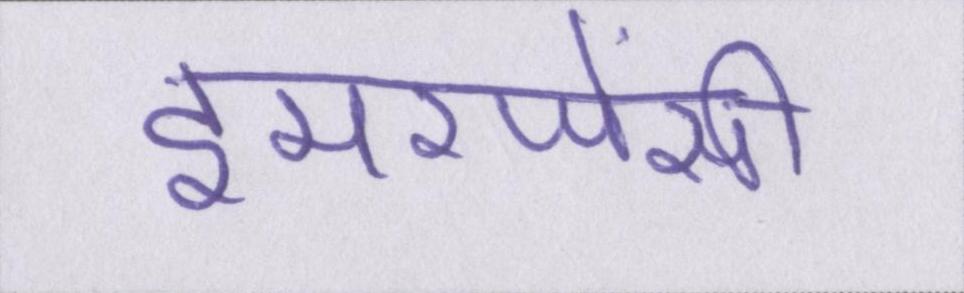
इमरजेंसी